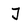
Character: j